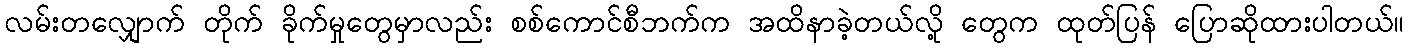
လမ်းတလျှောက် တိုက် ခိုက်မှုတွေမှာလည်း စစ်ကောင်စီဘက်က အထိနာခဲ့တယ်လို့ တွေက ထုတ်ပြန် ပြောဆိုထားပါတယ်။